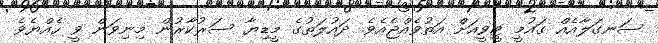
ސަނގަލާއެއް ގައުމީ ޓީވީއަށް އަތުވެއްޖެއެވެ. ދައުލަތުގެ މީޑިޔާ ސަރުކާރުން މިނިވަން ވީ ހެއްޔެވެ